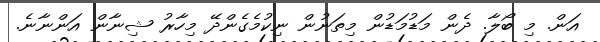
އަން. މި ބޯލާ. ދެން މަޑުމަޑުން މިތަނުން ނިކުމެގެންދޭ މިހާރު ޝިނާން އަންނާނެ.